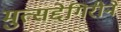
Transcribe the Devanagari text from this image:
मुत्सद्देगिरीने